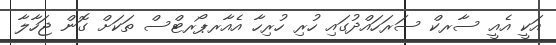
އަކީ އެއީ ސާރކް ސަރަހައްދުގައި ހުރި ހުރިހާ އެއާރޕޯރޓްްސް ތަކަށް ގޮން ޖަހާލާ